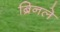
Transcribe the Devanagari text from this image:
ब्रिनले